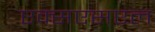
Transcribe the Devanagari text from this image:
एक्सएसएल